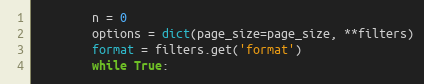
Language: Python
        n = 0
        options = dict(page_size=page_size, **filters)
        format = filters.get('format')
        while True: